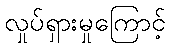
လှုပ်ရှားမှုကြောင့်